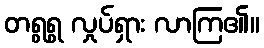
တရွရွ လှုပ်ရှား လာကြ၏။